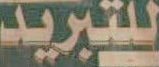
للتبريد